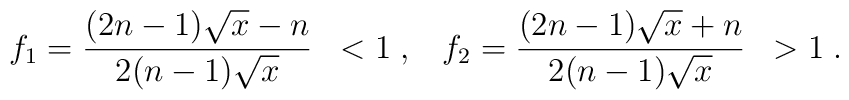
f_1 = \frac{(2 n - 1) \sqrt{x} - n}{2 (n - 1) \sqrt{x}} \; \; < 1 \; , \; \; \; f_2 = \frac{(2 n - 1) \sqrt{x} + n}{2 (n - 1) \sqrt{x}} \; \; > 1 \; .